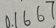
0 . 1 6 6 7